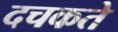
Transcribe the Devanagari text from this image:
दचकते